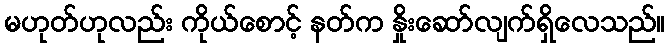
မဟုတ်ဟုလည်း ကိုယ်စောင့် နတ်က နှိုးဆော်လျက်ရှိလေသည်။